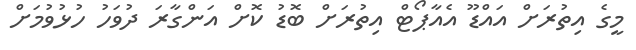
މީގެ އިތުރަށް އައްޑޫ އެއާޕޯޓް އިތުރަށް ބޮޑު ކޮށް އަންގާރަ ދުވަހު ހުޅުވުމަށް